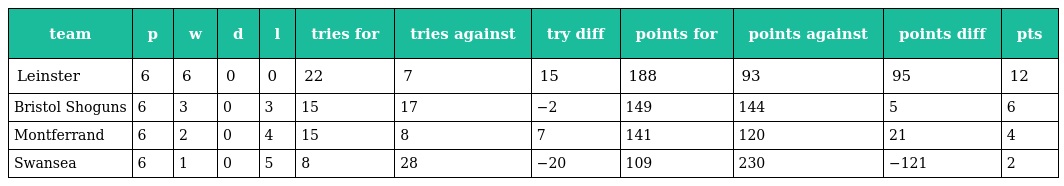
| team | p | w | d | l | tries for | tries against | try diff | points for | points against | points diff | pts |
 | --- | --- | --- | --- | --- | --- | --- | --- | --- | --- | --- | --- |
 | Leinster | 6 | 6 | 0 | 0 | 22 | 7 | 15 | 188 | 93 | 95 | 12 |
 | Bristol Shoguns | 6 | 3 | 0 | 3 | 15 | 17 | −2 | 149 | 144 | 5 | 6 |
 | Montferrand | 6 | 2 | 0 | 4 | 15 | 8 | 7 | 141 | 120 | 21 | 4 |
 | Swansea | 6 | 1 | 0 | 5 | 8 | 28 | −20 | 109 | 230 | −121 | 2 |